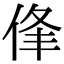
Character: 𠉏